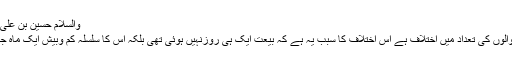
والسلام حسین بن علی بن ابی طالب
بیعت کرنے والوں کی تعداد میں اختلاف ہے اس اختلاف کا سبب یہ ہے کہ بیعت ایک ہی روزنہیں ہوئی تھی بلکہ اس کا سلسلہ کم وبیش ایک ماہ جاری رہا تھا ۔